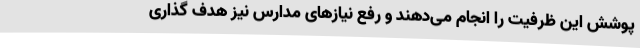
پوشش این ظرفیت را انجام می‌دهند و رفع نیازهای مدارس نیز هدف گذاری